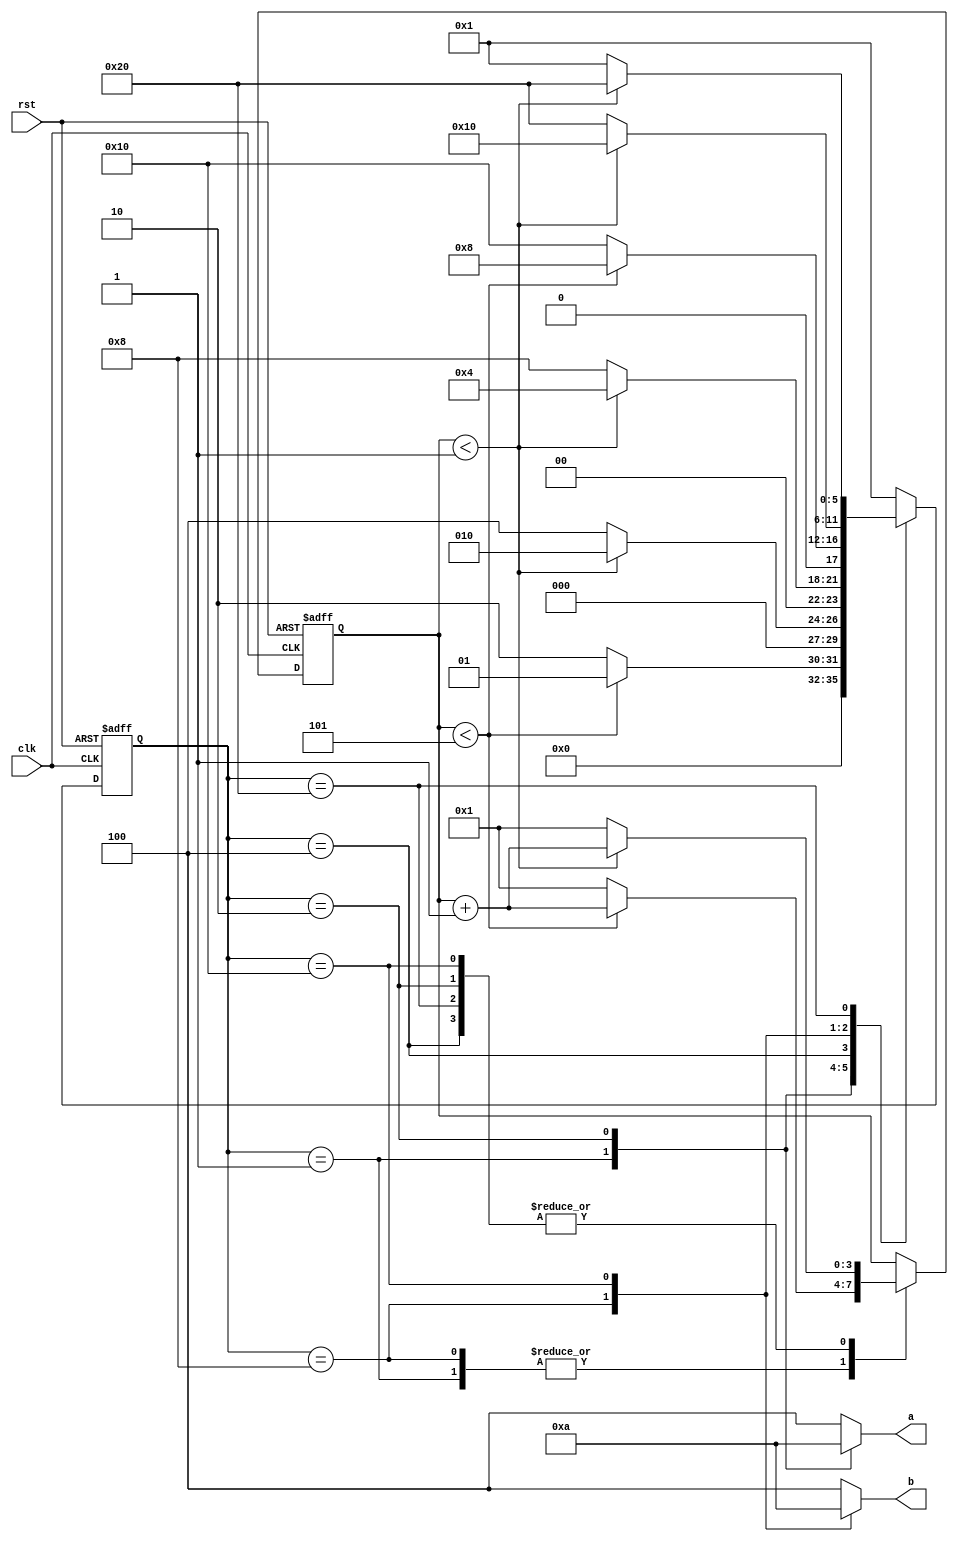
module trafic(

input clk,rst,

output reg[2:0] a,b

);

localparam S0=6'b000001,
           S1=6'b000010,
	   S2=6'b000100,
	   S3=6'b001000,
	   S4=6'b010000,
	   S5=6'b100000;

localparam SEC5=4'd5,
           SEC1=4'd1;

reg[3:0] count=4'd1;

reg[5:0] state;
always @(posedge clk or posedge rst)
 begin
  if (rst == 1) begin
   state <= S0;
 count <= 1;
 end
else
 case(state)
 S0: if(count < SEC5)
 begin
 state <= S0;
 count <= count + 1;
 end
 else
 begin
 state <= S1;
 count <= 1;
 end
 S1: if(count < SEC1)
 begin
 state <= S1;
 count <= count + 1;
 end
 else
 begin
 state <= S2;
 count <= 1;
 end
 S2: if(count < SEC1)
 begin
 state <= S2;
 count <= count + 1;
 end
 else
 begin
state <= S3;
 count <= 1;
 end 
 S3: if(count < SEC5)
 begin
 state <= S3;
 count <= count + 1;
 end
 else
 begin
 state <= S4;
 count <= 1;
 end
 S4: if(count < SEC1)
 begin
 state <= S4;
 count <= count + 1;
 end
 else
 begin
 state <= S5;
 count <= 1;
 end
 S5: if(count < SEC1)
 begin
 state <= S5;
 count <= count + 1;
 end
 else
 begin
 state <= S0;
 count <= 1;
 end
default state <= S0;
 endcase
 end

 always @(*)
 begin
 case(state)
 S0: begin a <= 3'b001; b<= 3'b100; end
 S1: begin a <= 3'b010; b<= 3'b100; end
 S2: begin a <= 3'b100; b<= 3'b100; end
 S3: begin a <= 3'b100; b<= 3'b001; end
 S4: begin a <= 3'b100; b<= 3'b010; end
 S5: begin a <= 3'b100; b<= 3'b100; end
 default begin a <= 3'b100; b<= 3'b100; end
 endcase
 end
endmodule